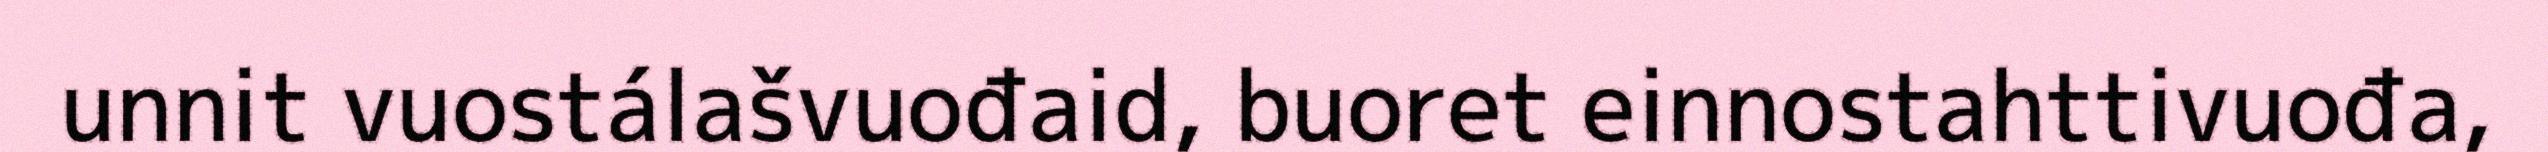
unnit vuostálašvuođaid, buoret einnostahttivuođa,